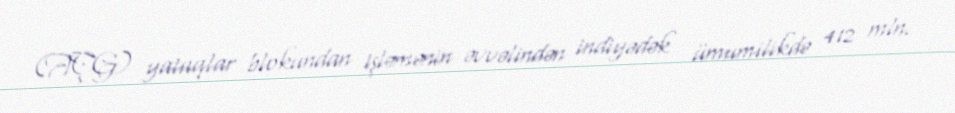
(AÇG) yataqlar blokundan işləmənin əvvəlindən indiyədək ümumilikdə 412 mln.